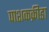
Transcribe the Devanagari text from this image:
पाशकक्रीडा